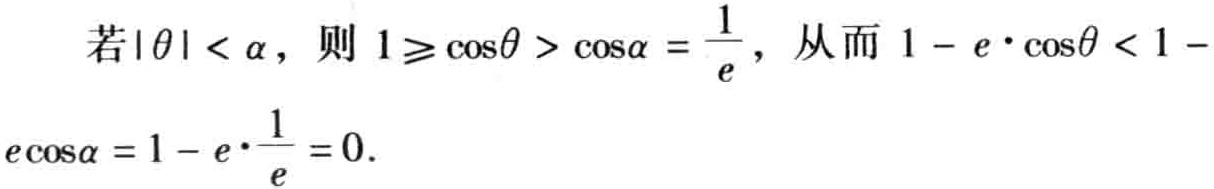
若\(|\theta| < \alpha\)，则\(1\geqslant \cos\theta > \cos\alpha = \frac{1}{e}\)，从而\(1 - e\cdot\cos\theta < 1 - e\cos\alpha = 1 - e\cdot\frac{1}{e} = 0\)。